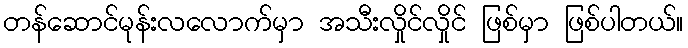
တန်ဆောင်မုန်းလလောက်မှာ အသီးလှိုင်လှိုင် ဖြစ်မှာ ဖြစ်ပါတယ်။